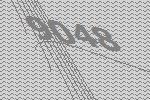
9048